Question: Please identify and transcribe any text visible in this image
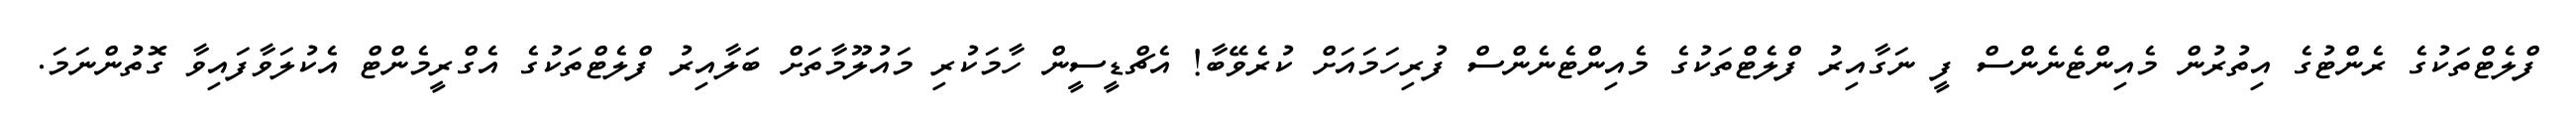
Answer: ފްލެޓްތަކުގެ ރެންޓުގެ އިތުރުން މެއިންޓެނެންސް ފީ ނަގާއިރު ފްލެޓްތަކުގެ މެއިންޓެނެންސް ފުރިހަމައަށް ކުރެވޭބާ! އެޗްޑީސީން ހާމަކުރި މައުލޫމާތަށް ބަލާއިރު ފްލެޓްތަކުގެ އެގްރީމެންޓް އެކުލަވާފައިވާ ގޮތުންނަމަ.